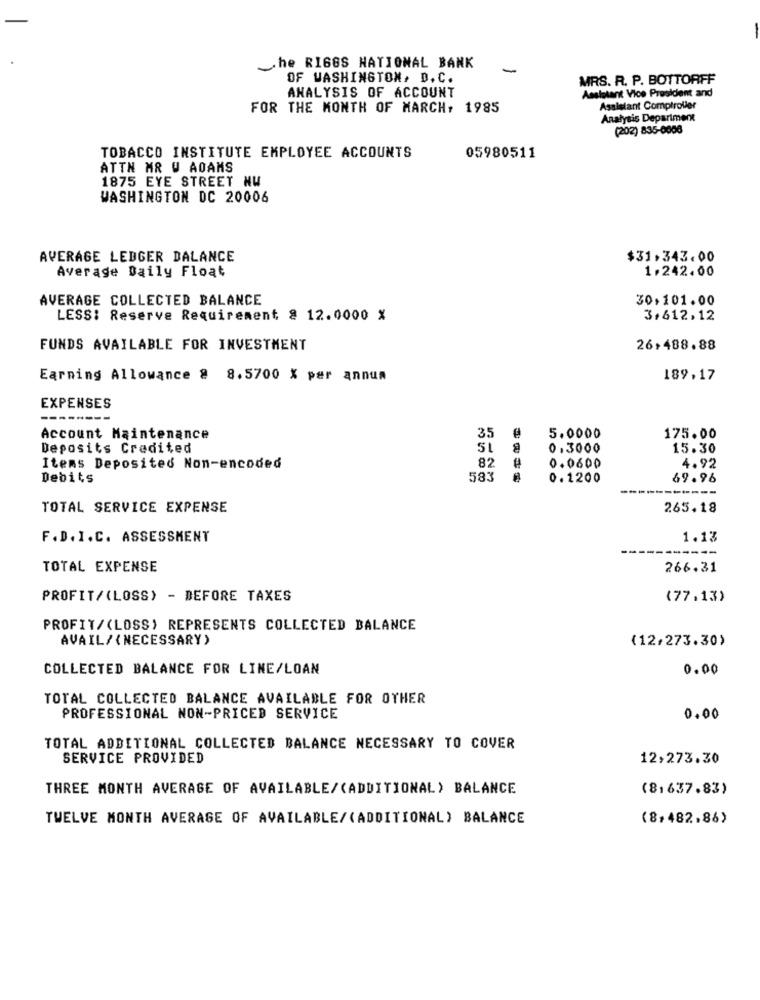
She_RIGGS NATIONAL BANK
-
OF WASHINGTON, D.C.
MRS. R. P. BOTTORFF
ANALYSIS OF ACCOUNT
Assistant Vice President and
FOR THE MONTH OF MARCH, 1985
Assistant Comptroller
Analysis Department
(202) 835-0006
TOBACCO INSTITUTE EMPLOYEE ACCOUNTS
05980511
ATTN MR U ADAMS
1875 EYE STREET NW
WASHINGTON DC 20006
AVERAGE LEDGER BALANCE
$31,343.00
Average Daily Float
1.242.00
AVERAGE COLLECTED BALANCE
30,101.00
LESS: Reserve Requirement 8 12.0000 %
3.612,12
FUNDS AVAILABLE FOR INVESTMENT
26+488.88
Earning Allowance @ 8.5700 X per annum
189,17
EXPENSES
---
Account Maintenance
35
5.0000
175.00
Deposits Credited
51
0,3000
15.30
82
Items Deposited Non-encoded
0.0600
4.92
Debits
583
0.1200
69.96
---
TOTAL SERVICE EXPENSE
265.18
F.D. I.C. ASSESSMENT
1.13
----
TOTAL EXPENSE
266.31
PROFIT/(LOSS) - BEFORE TAXES
(77.13)
PROFIT/(LOSS) REPRESENTS COLLECTED BALANCE
AVAIL/ (NECESSARY)
(12.273.30)
COLLECTED BALANCE FOR LINE/LOAN
0.00
TOTAL COLLECTED BALANCE AVAILABLE FOR OTHER
PROFESSIONAL NON-PRICED SERVICE
0.00
TOTAL ADDITIONAL COLLECTED BALANCE NECESSARY TO COVER
SERVICE PROVIDED
12,273.30
THREE MONTH AVERAGE OF AVAILABLE/(ADDITIONAL) BALANCE
(8,637.83)
TWELVE MONTH AVERAGE OF AVAILABLE/(ADDITIONAL) BALANCE
(8,482,86)